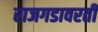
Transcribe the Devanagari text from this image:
राजगडावरती